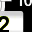
Digit: 2